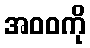
အဝဝကို